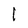
Character: l